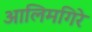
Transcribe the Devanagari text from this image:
आलिमगिरे